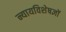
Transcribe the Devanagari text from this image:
न्यायविशेषज्ञों